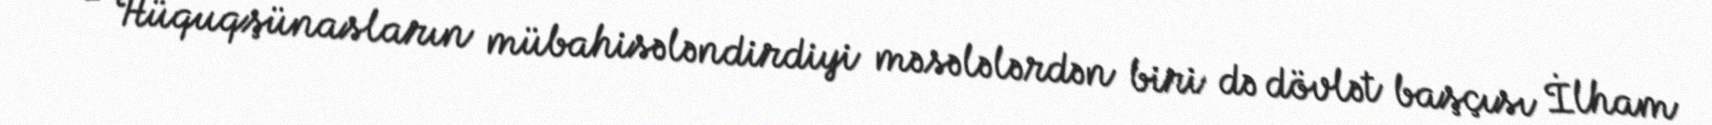
- Hüquqşünasların mübahisələndirdiyi məsələlərdən biri də dövlət başçısı İlham